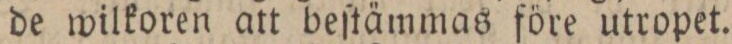
de wilkoren att beſtämmas före utropet.